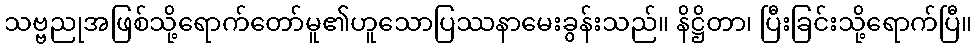
သဗ္ဗညုအဖြစ်သို့ရောက်တော်မူ၏ဟူသောပြဿနာမေးခွန်းသည်။ နိဋ္ဌိတာ၊ ပြီးခြင်းသို့ရောက်ပြီ။